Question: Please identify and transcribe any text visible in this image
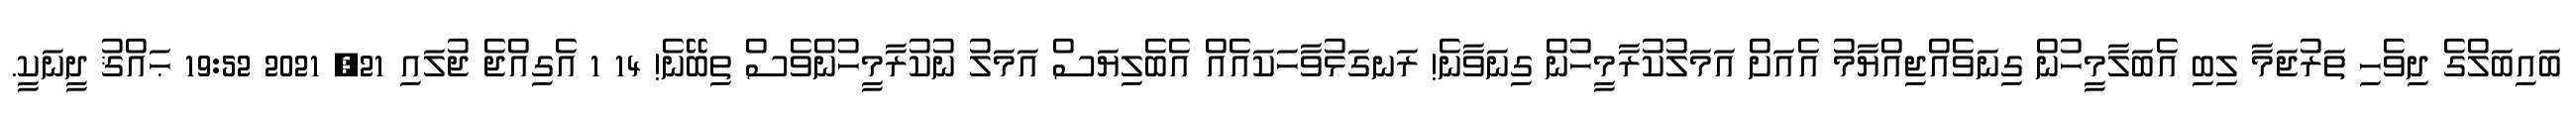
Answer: ބައިބަލްގެ ދިވެހި ތަރުޖަމާ ލިބި އެބަލާމީހުން ގިނަވެއްޖިއްޔާމު އެއަށް އަމަލުކުރާމީހުން ގިނަވާނެ! ރަނގަޅުވާހަކައެއް އެބެލިޔަސް އަމަލު ނުކުރާމީހުންވެސް ތިބޭނެ! 14 1 އެގިއްޖެ ޖުލައި 21, 2021 19:52 ޙައްޤު ދީނަކީ.